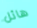
هائل